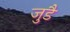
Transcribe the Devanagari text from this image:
जुडै